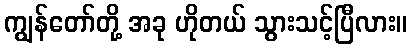
ကျွန်တော်တို့ အခု ဟိုတယ် သွားသင့်ပြီလား။